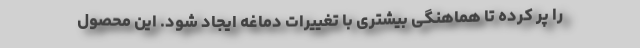
را پر کرده تا هماهنگی بیشتری با تغییرات دماغه ایجاد شود. این محصول